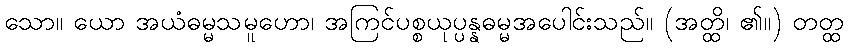
သော။ ယော အယံဓမ္မသမူဟော၊ အကြင်ပစ္စယုပ္ပန္နဓမ္မအပေါင်းသည်။ (အတ္ထိ၊ ၏။) တတ္ထ